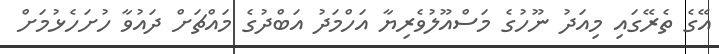
އޭގެ ތެރޭގައި މިއަދު ނޫހުގެ މަސްއޫލުވެރިޔާ އަހްމަދު އަބްދުގެ މައްޗަށް ދައުވާ ހުށަހެޅުމަށް